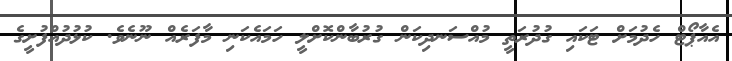
އެއާޕޯޓް ހެދުމަށް ޓަކައި ގުދުރަތީ މުއްސަނދިކަން ގުރުބާންކޮށްލީ ހަމައެކަނި މާފަރެއް ނޫނެވެ. ކުޅުދުއްފުށީގެ